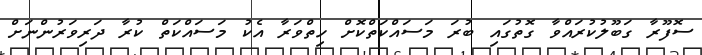
ސޮފޫރާ ގަބޫލުކުރައްވާ ގޮތުގައި ބުރަ މަސައްކަތްކޮށް ހިތްވަރާ އެކު މަސައްކަތް ކުރާ ދަރިވަރުންނަށް